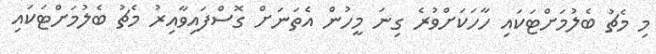
މި މެޗު ބެލުމަށްޓަކައި ހާހަކަށްވުރެ ގިނަ މީހުން އެތަނަށް ގޮސްފައިވާއިރު މެޗު ބެލުމަށްޓަކައި